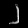
Digit: ၂